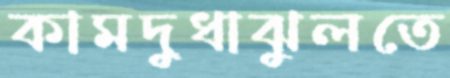
কামদুধাঝুলতে